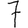
Digit: 7